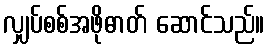
လျှပ်စစ်အဖိုဓာတ် ဆောင်သည်။